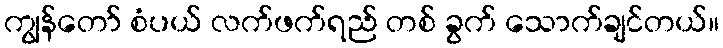
ကျွန်တော် စံပယ် လက်ဖက်ရည် တစ် ခွက် သောက်ချင်တယ်။